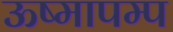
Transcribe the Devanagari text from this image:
ऊष्मापम्प